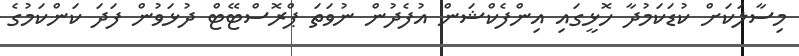
މިސާލަކަށް ކުޑަކަމުދާ ހޮޅީގައި އިންފެކްޝަން އުފެދުން ނުވަތަ ޕްރޮސްޓޭޓް ދުޅަވުން ފަދަ ކަންކަމުގެ